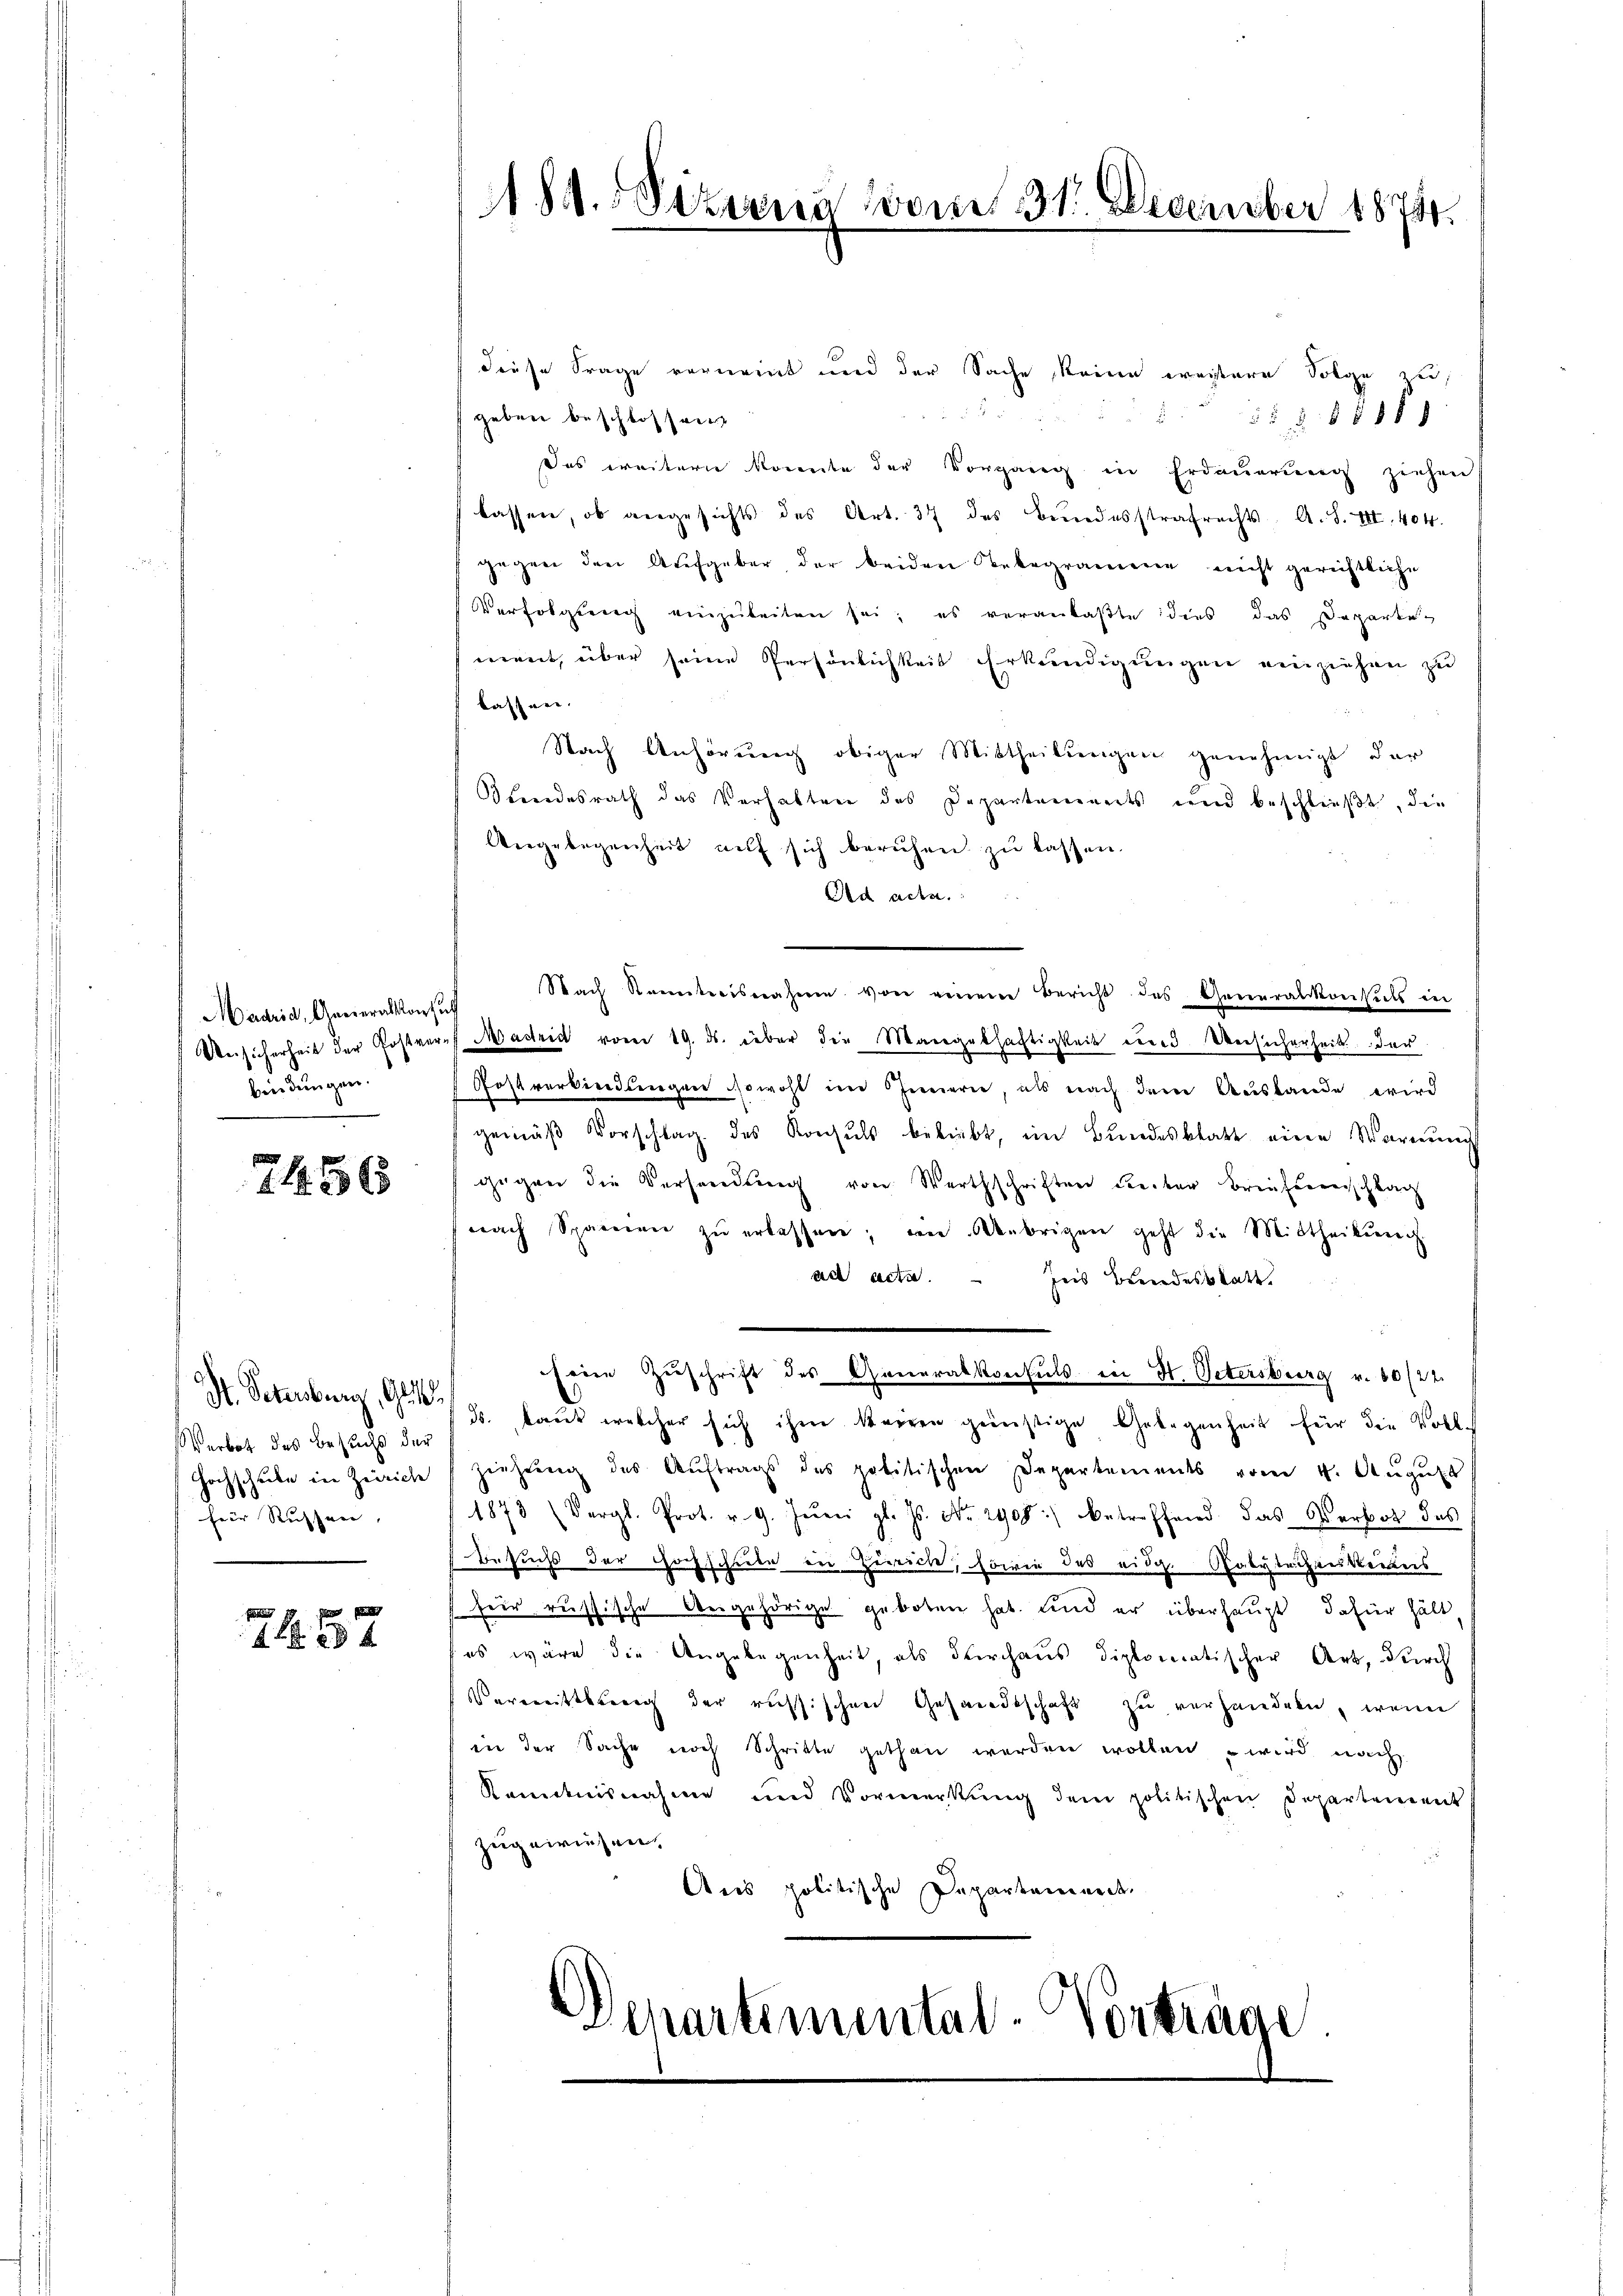
Madrid, Generalkonsuch
bindungen.

7456

St. Petersburg, Gl
Verbot des Besuchs der
Geist
für dassen

f

4 20 x

diese Frage verneint und der Sache keine weitere Folge zu
5 x
geben beschlossen
58 § 881 ff
Das weitern konnte der Vorgang in Erdauerung ziehen
lassen, ob angesichts des Art. 37 des Bundesstrafrechts, A. S. III. 404.
gegen den Aufgeber der beiden Telegramene nicht gerichtliche
Verfolgung einzŭbeiten sei; es veranlaßte dies das Departe-
ment, über seine Persönlichkeit Erkundigungen einziehen zu
taffnen.
Nach Anhörung obiger Mittheilungen genehmigt, der
Bundesrath das Verhalten des Departements und beschließt, die
Vngelegenheit auf sich beruhen zŭ lassen.
Dad acta.  ..
Nach Sonnterisnäheren von einem Bericht des Generalkonsich in
Unsicherheit der Postveres Madrid vom 19. ds. über die Mangelhaftigkeit und Unsicherheit der
Postverberedlingen sowohl im Innern, als nach dem Auslande wird
gemäß Vorschlag des Konsuls beliebt, im Bundesblatt eine Warnung
gegen die Versendung von Werthschriften Leiter Briefterschlach
nach Spannen zŭ erlassen, an Alebrigen geht die Mittheilŭng.
ad acta. Zus Bundesblatt,
seine Zŭschrift des Generalkonsuls in St. Petersburg v. 10/22
ds. laut welcher sich ihm keinen günstige Gelegenheit für die Vollschule in Zürich ziehung des Auftrags des politischen Departements vom 4. August
1873 (Vergl. Prot. v. 9. Juni gl. Js. No. 2908) betreffend das Verbot des
Besuchs der Hochschule in Zwecke, sowie das eidg. Polytechenkeines
feir russische Vergehörige geboten hat. und er überhaupt dafür hält
 es wäre die Angelegenheit, als Kirchaus diplomatischer Art, durch
Vermittlung der russischen Gesandtschaft zu verhandeln, wenn
in der Sache noch Schritte gethan werden wollen wird nach
Kamtnisnahme und Vormerkŭng dem politischen Departement
zugewiesen.
Aus politische Departement,

Add. Pizzona vom 31. December 1874.

Departemental-Vortrage